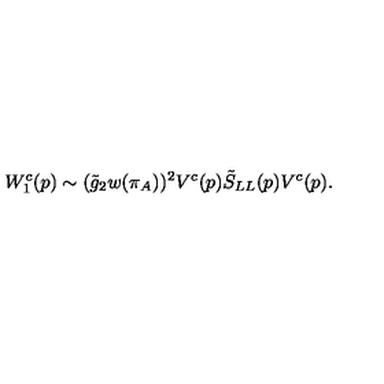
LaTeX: W _ { 1 } ^ { c } ( p ) \sim ( \tilde { g } _ { 2 } w ( \pi _ { A } ) ) ^ { 2 } V ^ { c } ( p ) \tilde { S } _ { L L } ( p ) V ^ { c } ( p ) .